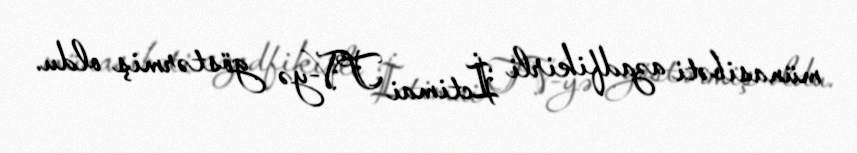
münasibəti azadfikirli İctimai TV-yə göstərmiş oldu.